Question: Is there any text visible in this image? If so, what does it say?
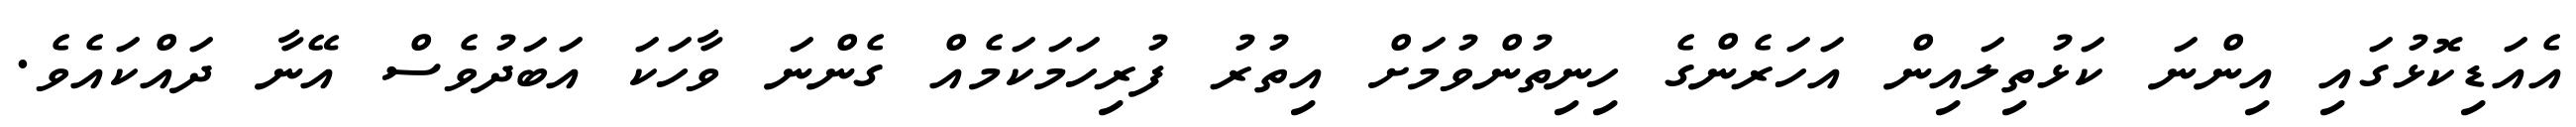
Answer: އެއަޑިކޮޅުގައި އިންނަ ކަޅުތިލައިން އަހަރެންގެ ހިނިތުންވުމަށް އިތުރު ފުރިހަމަކަމެއް ގެންނަ ވާހަކަ އަބަދުވެސް އޭނާ ދައްކައެވެ.